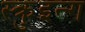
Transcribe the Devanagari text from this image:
स्क्रुइन्ग